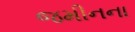
જમીનના